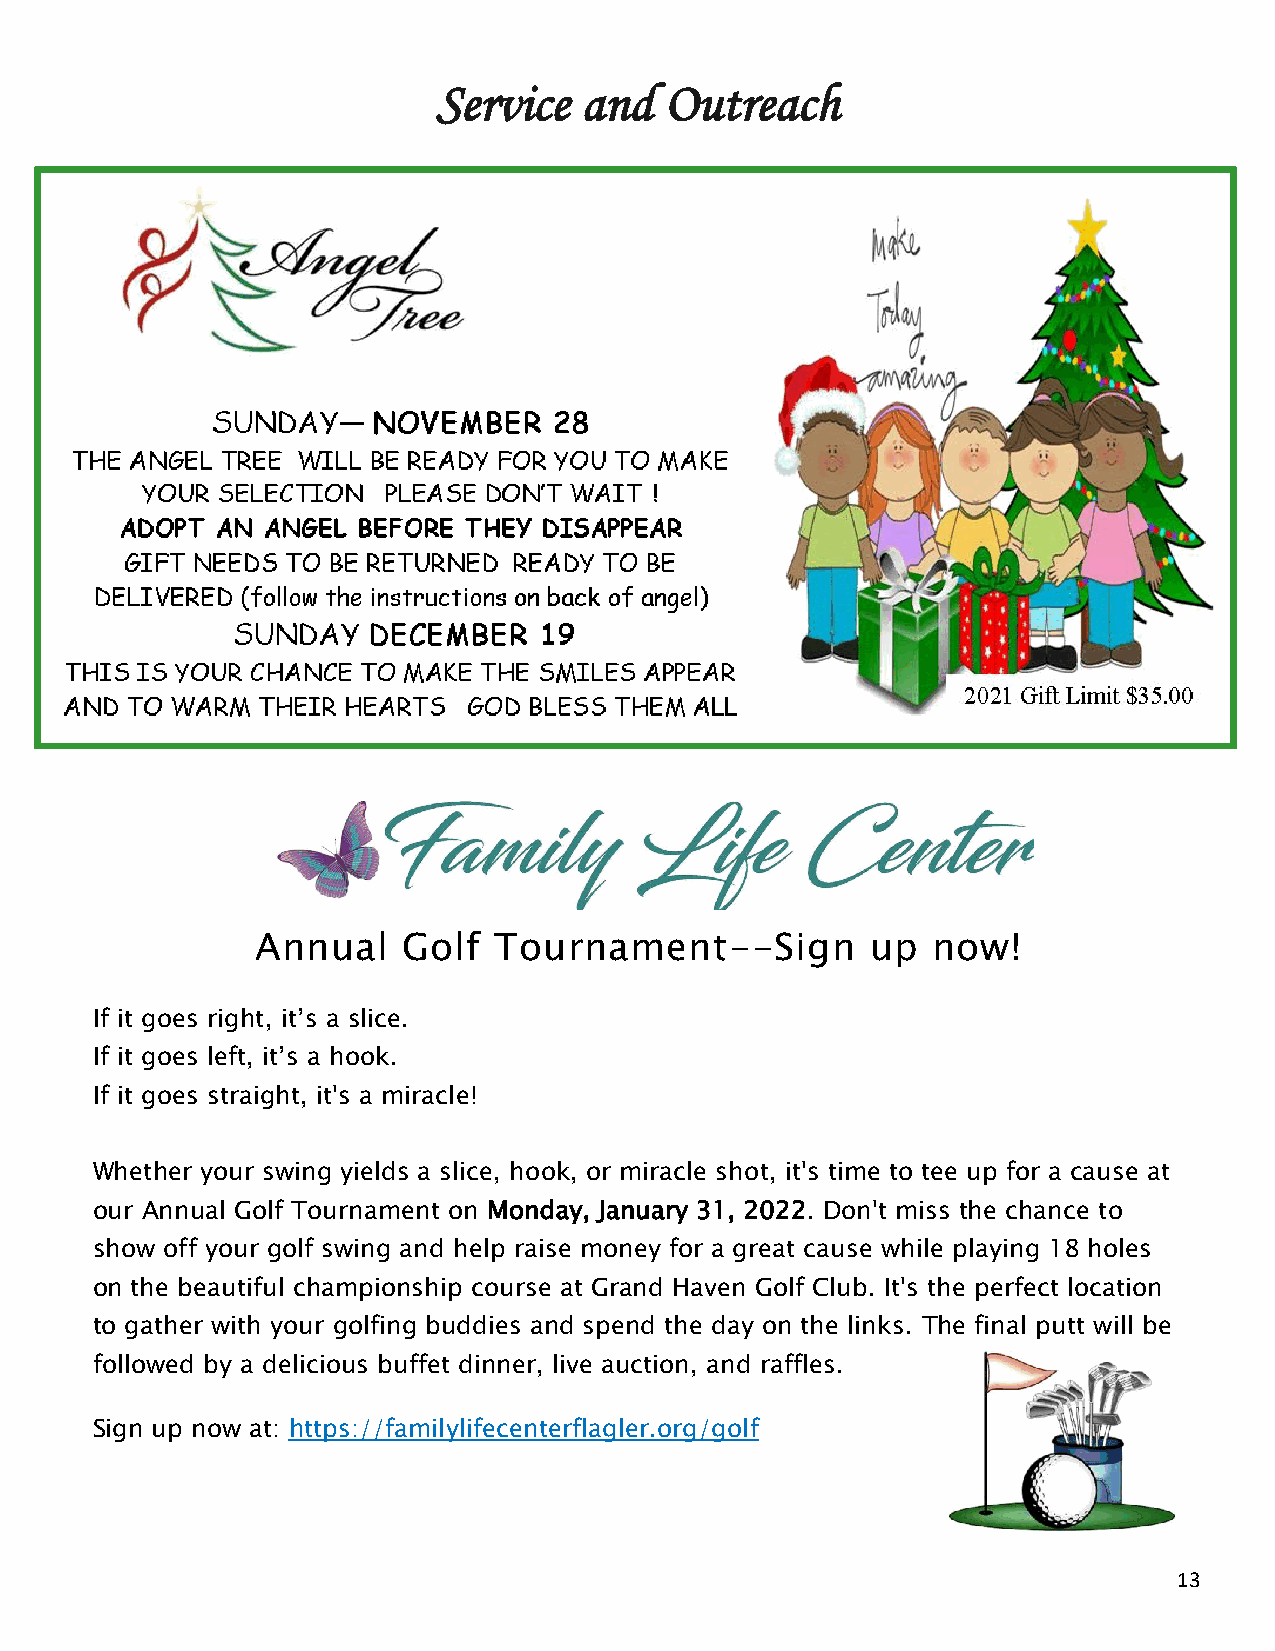
Service  and   Outreach
 Annual    Golf  Tournament--Sign         up  now!
 If it goes right, it’s a slice.
 If it goes left, it’s a hook.
 If it goes straight, it's a miracle!
 Whether your swing yields a slice, hook, or miracle shot, it's time to tee up for a cause at
 our Annual Golf Tournament on Monday, January 31, 2022. Don't miss the chance to
 show off your golf swing and help raise money for a great cause while playing 18 holes
 on the beautiful championship course at Grand Haven Golf Club. It's the perfect location
 to gather with your golfing buddies and spend the day on the links. The final putt will be
 followed by a delicious buffet dinner, live auction, and raffles.
 Sign up now at: https://familylifecenterflagler.org/golf
 13